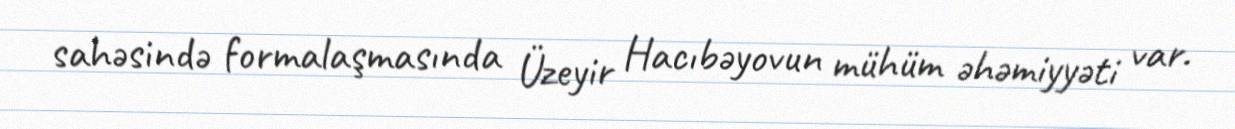
sahəsində formalaşmasında Üzeyir Hacıbəyovun mühüm əhəmiyyəti var.